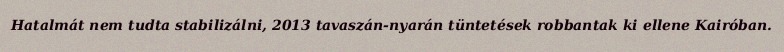
Hatalmát nem tudta stabilizálni, 2013 tavaszán-nyarán tüntetések robbantak ki ellene Kairóban.